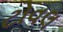
ટોવલ